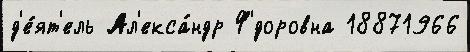
д'е́ят'ель Ал'екса́ндр Ф'́доровна 18871966